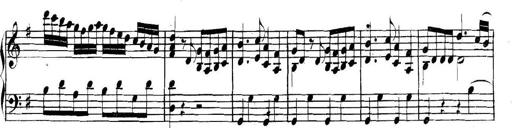
Title: Collected Piano Sonatas
Composer: Muzio Clementi